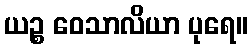
ယဉ္စ ဝေသာလိယာ ပုရေ။